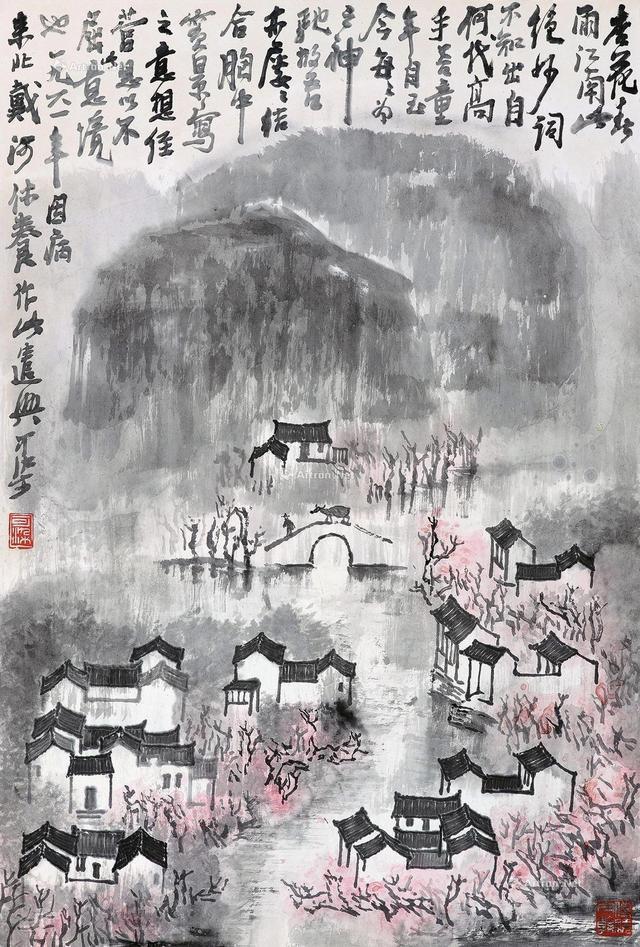
报道先生归也，杏花春雨江南。